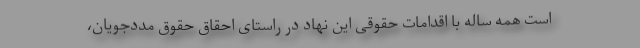
است همه ساله با اقدامات حقوقی این نهاد در راستای احقاق حقوق مددجویان،